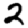
Digit: 2